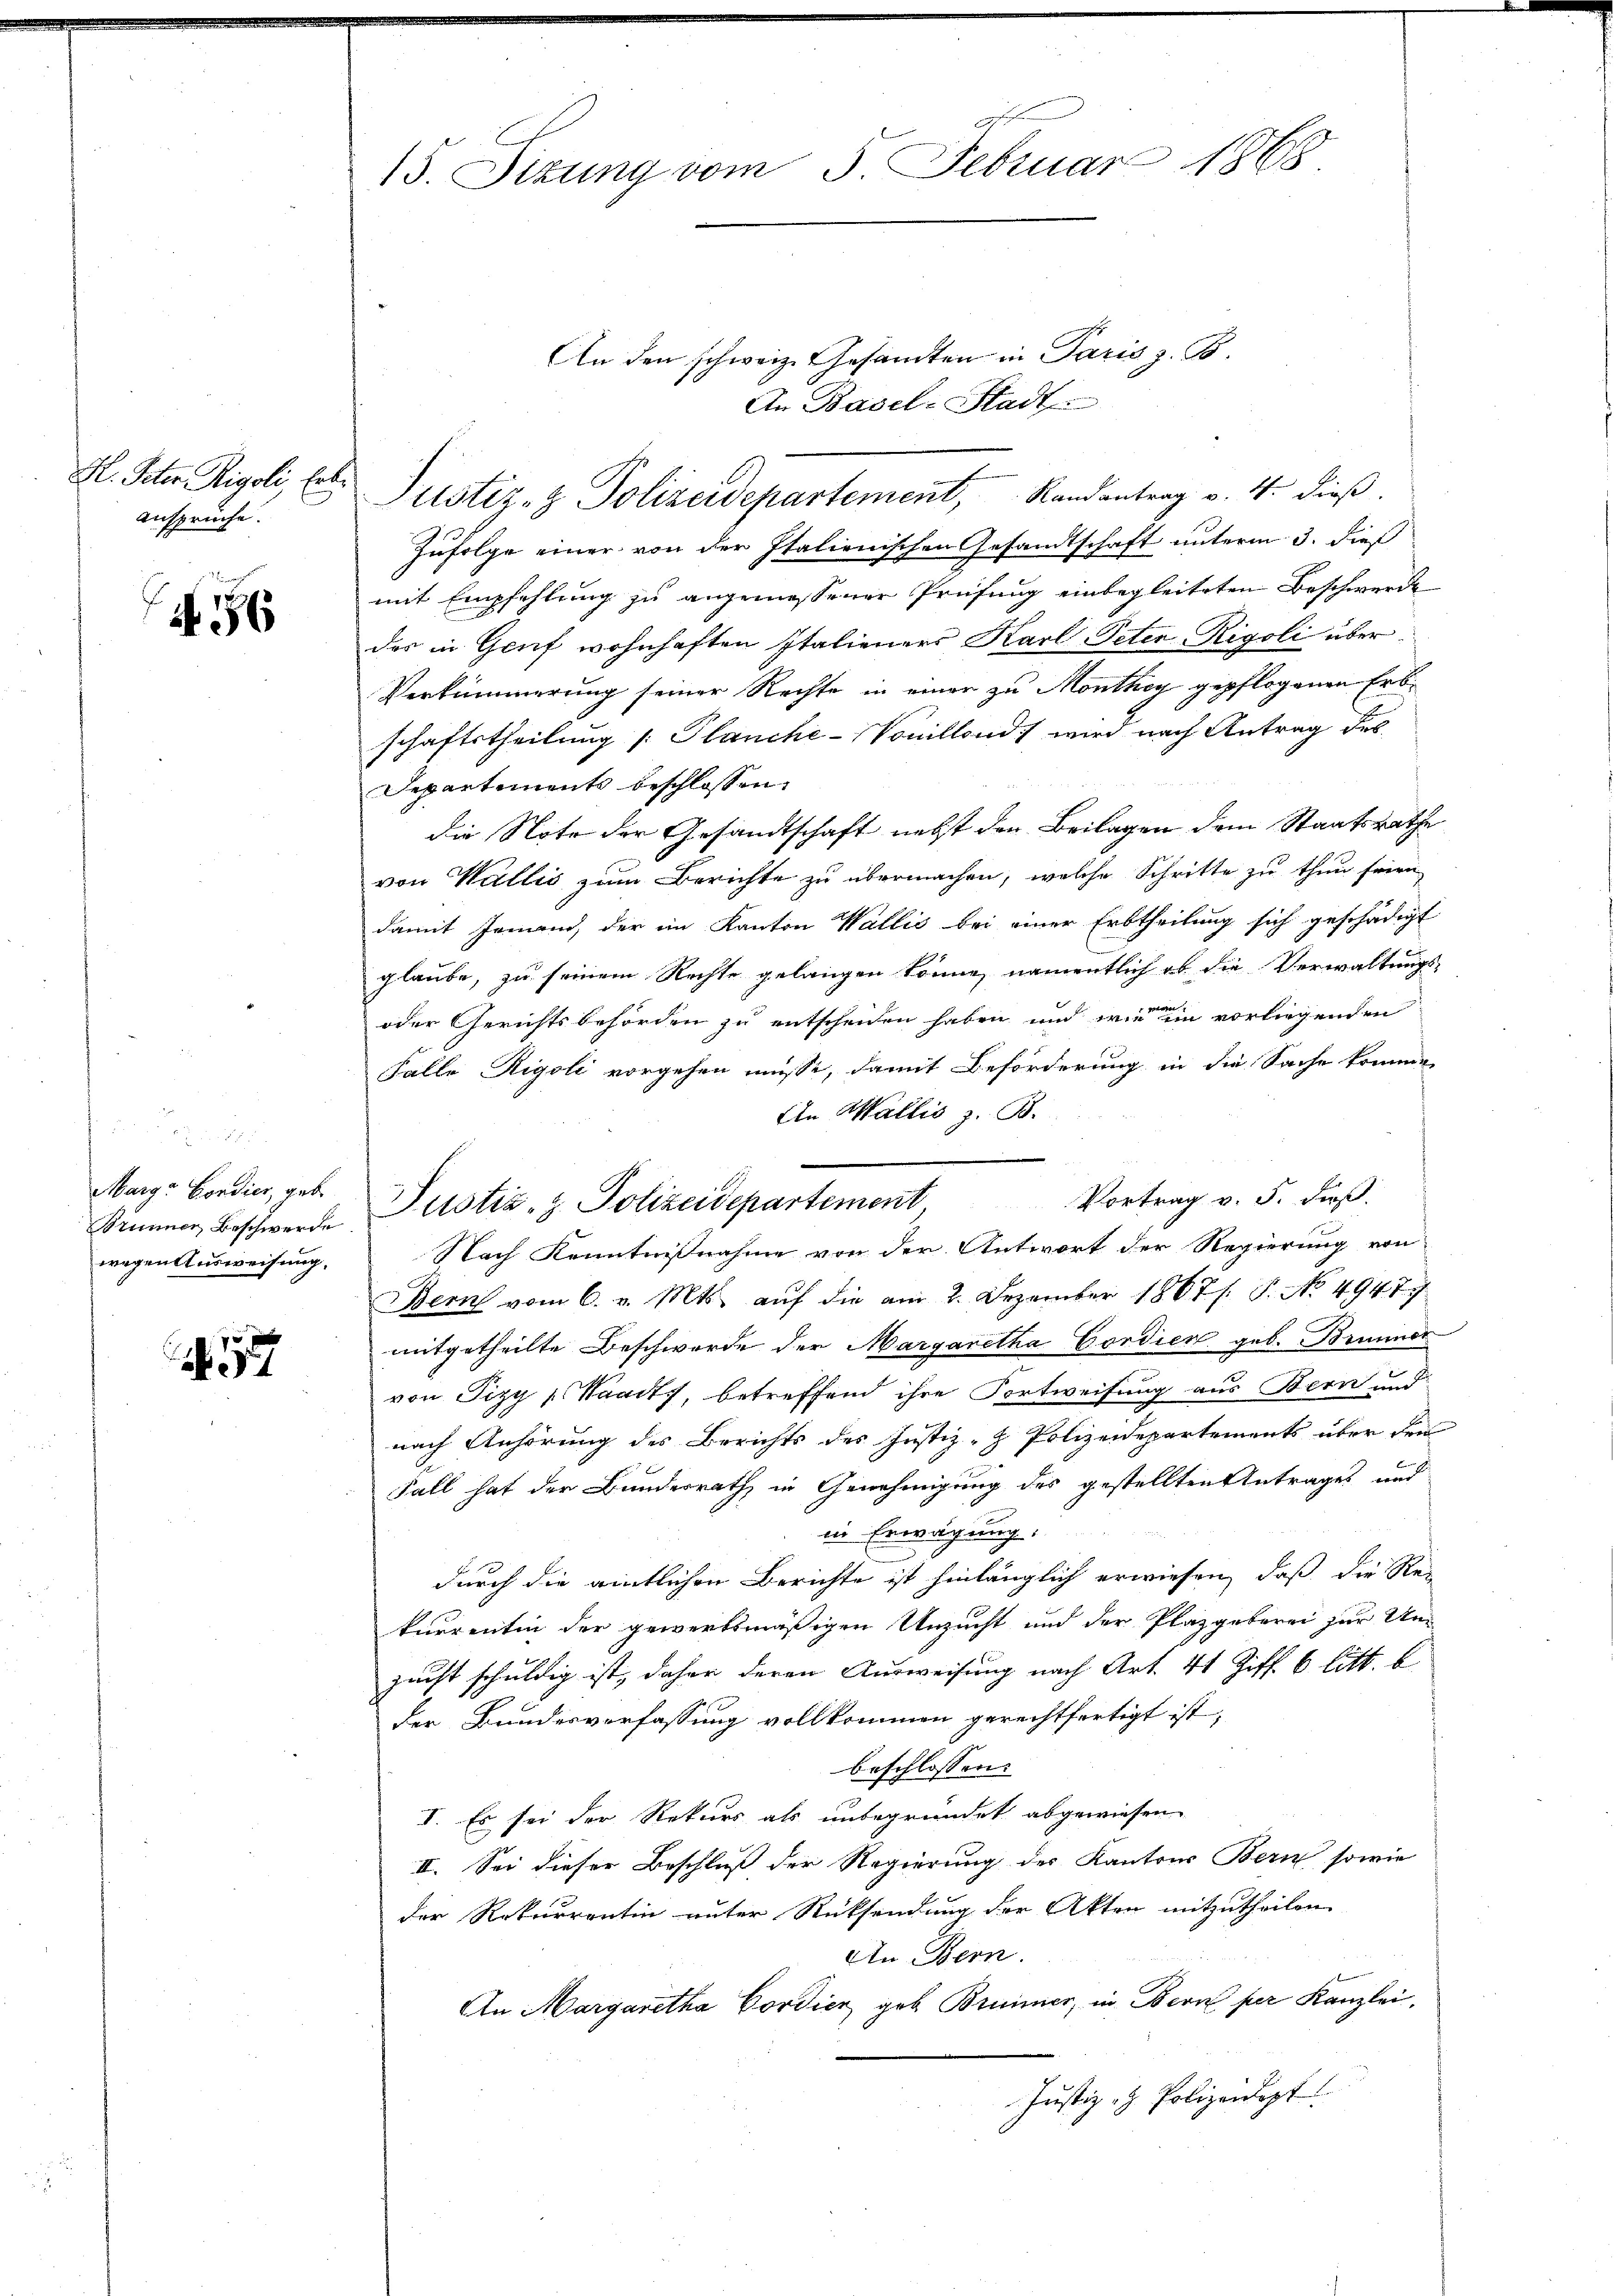
ansprüche.

456

Marge Condier, geb.
Brunner Beschwerde
wegen Ausweisung.

377

g
15. Sizung vom 5. Februar 1868.

H. Peter Rigoli, les Justiz- & Polizeidepartement, Randantrag v. 4. dieß.

An den schweiz. Gesandten in Paris z. B.
An Basel-Stadt
Zufolge einer von der Italienischen Gesandtschaft unterm 3. dieß
mit Empfehlung zu angemessener Prüfung einbegleiteten Beschwerde
das in Genf wohnhaften Italieners Karl Peter Rigoli über¬
Verkümmerung seiner Rechte in einer zu Monthey gepflogenen Erbschaftstheilung /: Planche-Vonillends wird nach Antrag des
Departements beschlossen:
die Note der Gesandtschaft nebst den Beilagen dem Staatsrathe
von Wallis zum Berichte zu übermachen, welche Schritte zu thun seien
damit Jemand, der im Kanton Wallis bei einer Erbtheilung sich geschädigt
glaube, zu seinem Rechte gelangen könne, namentlich ob die Verwaltungs-
oder Gerichtsbehörden zu entscheiden haben und wie ein vorliegenden
Falle Rigoli vorgehen müsse, damit Beförderung in die Sache kommen
In Wallis z. B.
Vortrag v. 5. daß
Bern vom 6. v. Mts. auf die am 2. Dezember 1867/. P. No. 4947.
mitgetheilte Beschwerde der Margaretha Gordien geb. Brunner
von Pizy (Waadt, betreffend ihre Fortweisung aus Bern und
nach Anhörung des Berichts des Justiz- & Polizeidepartements über den
Fall hat der Bundesrath in Genehmigung des gestellten Antrages und
in Erwägung:
durch die amtlichen Berichte ist hinlänglich erwiesen, daß die Re-
kurrentin der gewerbsmäßigen Unzucht und der Plazgeberei zur Unsucht schuldig ist, daher deren Ausweisung nach Art. 41 Ziff. 6 litt. b
der Bundesverfassung vollkommen gerechtfertigt ist,
beschlossen:
I. Es sei der Rekurs als unbegründet abgewiesen.
II. Sei dieser Beschluß der Regierung des Kantons Bern, sowie
der Rekurrentin unter Rücksendung der Akten mitzutheilen
An Bern.
An Margaretha Gordien geb. Brunner, in Bern per Kanzlei,
Justiz- & Polizeidigt

Justiz- & Polizeidepartement,
Nach Kenntnißnahme von der Antwort der Regierung von